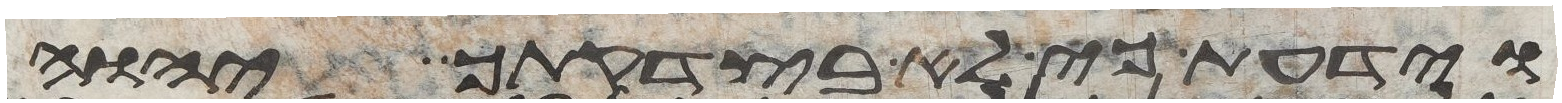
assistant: וידעת כי לא בצדקתך יהוה